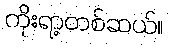
ကိုးရာ့တစ်ဆယ်။